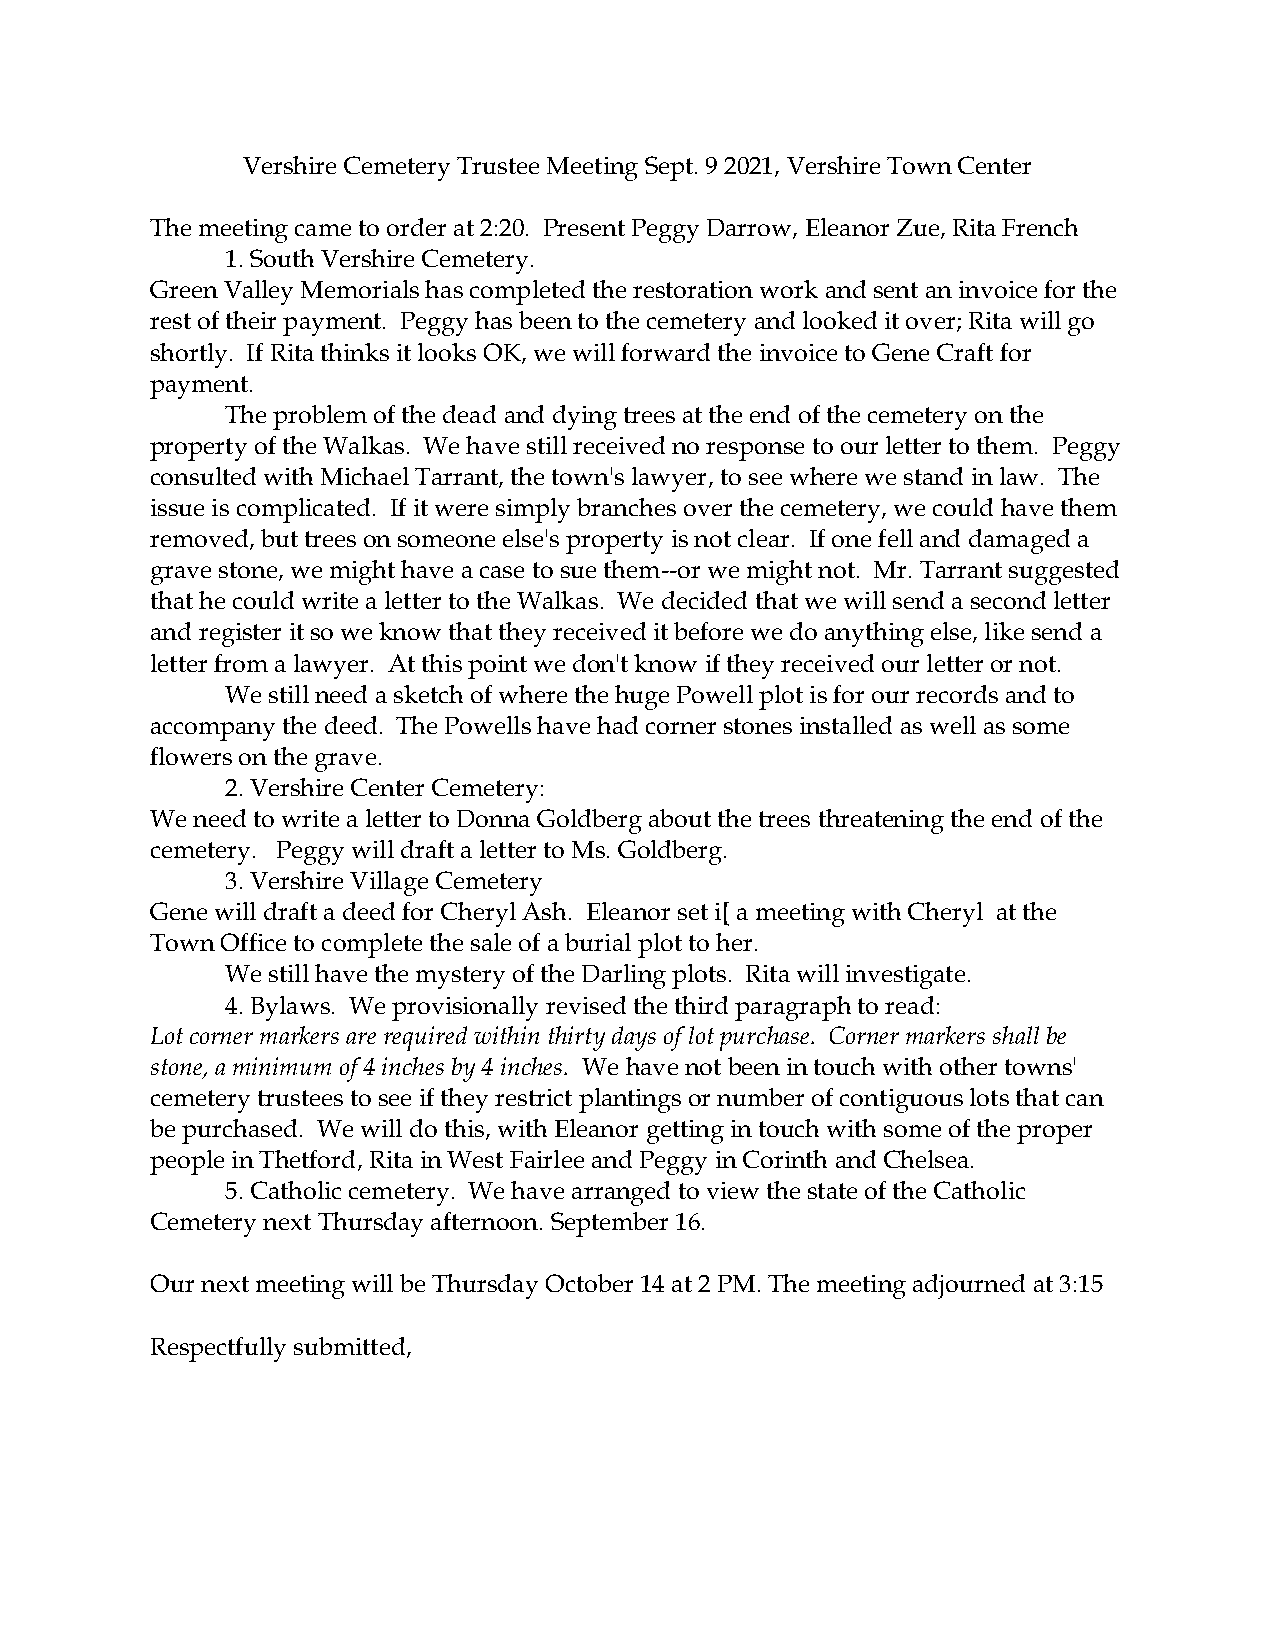
Vershire Cemetery Trustee Meeting Sept. 9 2021, Vershire Town Center
 The meeting came to order at 2:20. Present Peggy Darrow, Eleanor Zue, Rita French
 1. South Vershire Cemetery.
 Green Valley Memorials has completed the restoration work and sent an invoice for the
 rest of their payment. Peggy has been to the cemetery and looked it over; Rita will go
 shortly. If Rita thinks it looks OK, we will forward the invoice to Gene Craft for
 payment.
 The problem of the dead and dying trees at the end of the cemetery on the
 property of the Walkas. We have still received no response to our letter to them. Peggy
 consulted with Michael Tarrant, the town's lawyer, to see where we stand in law. The
 issue is complicated. If it were simply branches over the cemetery, we could have them
 removed, but trees on someone else's property is not clear. If one fell and damaged a
 grave stone, we might have a case to sue them--or we might not. Mr. Tarrant suggested
 that he could write a letter to the Walkas. We decided that we will send a second letter
 and register it so we know that they received it before we do anything else, like send a
 letter from a lawyer. At this point we don't know if they received our letter or not.
 We still need a sketch of where the huge Powell plot is for our records and to
 accompany the deed. The Powells have had corner stones installed as well as some
 flowers on the grave.
 2. Vershire Center Cemetery:
 We need to write a letter to Donna Goldberg about the trees threatening the end of the
 cemetery. Peggy will draft a letter to Ms. Goldberg.
 3. Vershire Village Cemetery
 Gene will draft a deed for Cheryl Ash. Eleanor set i[ a meeting with Cheryl at the
 Town Office to complete the sale of a burial plot to her.
 We still have the mystery of the Darling plots. Rita will investigate.
 4. Bylaws. We provisionally revised the third paragraph to read:
 Lot corner markers are required within thirty days of lot purchase. Corner markers shall be
 stone, a minimum of 4 inches by 4 inches. We have not been in touch with other towns'
 cemetery trustees to see if they restrict plantings or number of contiguous lots that can
 be purchased. We will do this, with Eleanor getting in touch with some of the proper
 people in Thetford, Rita in West Fairlee and Peggy in Corinth and Chelsea.
 5. Catholic cemetery. We have arranged to view the state of the Catholic
 Cemetery next Thursday afternoon. September 16.
 Our next meeting will be Thursday October 14 at 2 PM. The meeting adjourned at 3:15
 Respectfully submitted,